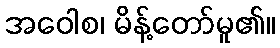
အဝေါစ၊ မိန့်တော်မူ၏။